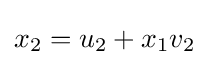
x_{2}=u_{2}+x_{1}v_{2}